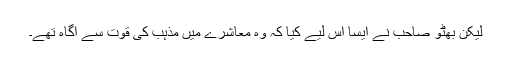
لیکن بھٹو صاحب نے ایسا اس لیے کیا کہ وہ معاشرے میں مذہب کی قوت سے آگاہ تھے۔